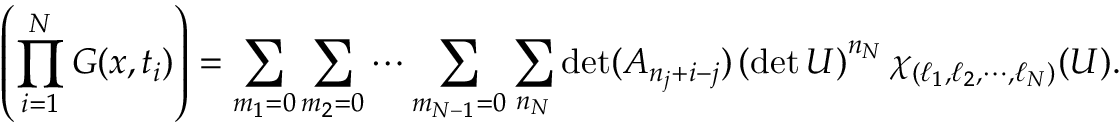
\left( \prod _ { i = 1 } ^ { N } G ( x , t _ { i } ) \right) = \sum _ { m _ { 1 } = 0 } \sum _ { m _ { 2 } = 0 } \cdots \sum _ { m _ { N - 1 } = 0 } \sum _ { n _ { N } } \operatorname * { d e t } ( A _ { n _ { j } + i - j } ) \left( \operatorname * { d e t } U \right) ^ { n _ { N } } \chi _ { ( \ell _ { 1 } , \ell _ { 2 } , \cdots , \ell _ { N } ) } ( U ) .